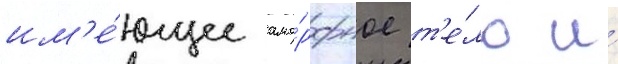
им'е́ющее амо́рфное т'е́ло и́